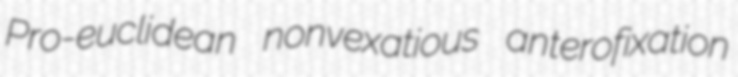
Pro-euclidean nonvexatious anterofixation